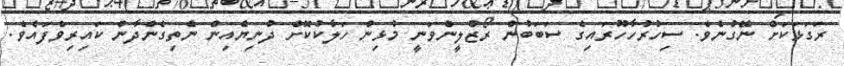
ރަގަޅަކަށް ނޭގުނެވެ. ސިހުރުހާހޫރައިގެ ސަބަބުން ރޯޒްލީންވަނީ މުޅިން ހަލާކުކޮށް ދުނިޔެއިން ނެތިގެންދާން ކައިރިވެފައެވެ.